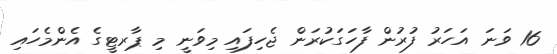
16 ވަނަ އަހަރު ފުރުން ފާހަގަކުރަން ޖެހިފައި މިވަނީ މި ޕާރޓީގެ އެންމެހައި